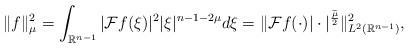
LaTeX: \begin{align*} \Vert f\Vert_{\mu}^2=\int_{\mathbb R^{n-1}}|\mathcal F f(\xi)|^2 |\xi|^{n-1-2\mu} d\xi=\Vert \mathcal F f(\cdot) |\cdot |^{\frac{\widetilde\mu}{2}} \Vert^2_{L^2(\mathbb R^{n-1})},\end{align*}